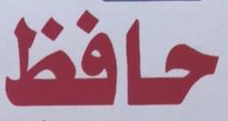
حافظ